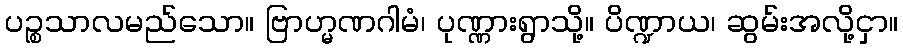
ပဉ္စသာလမည်သော။ ဗြာဟ္မဏဂါမံ၊ ပုဏ္ဏားရွာသို့။ ပိဏ္ဍာယ၊ ဆွမ်းအလို့ငှာ။